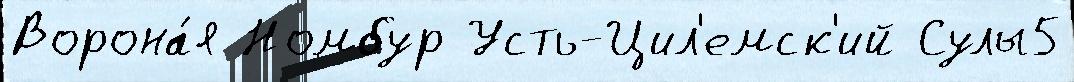
Ворона́я Номбур Усть-Цил'емск'ий Сулы5